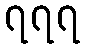
၇၇၇